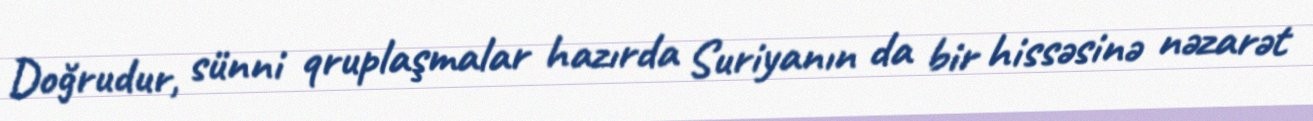
Doğrudur, sünni qruplaşmalar hazırda Suriyanın da bir hissəsinə nəzarət